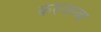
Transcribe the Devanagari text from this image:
करुजन्बा